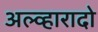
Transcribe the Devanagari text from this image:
अल्व्हारादो